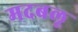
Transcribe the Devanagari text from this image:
मदबलू